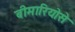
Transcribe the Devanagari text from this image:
बीमारियोसे